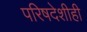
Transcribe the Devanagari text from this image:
परिषदेशीही